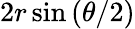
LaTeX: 2r\sin\left(\theta/2\right)